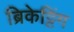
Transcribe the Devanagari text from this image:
ब्रिकेट्टिंग